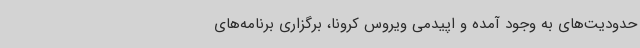
حدودیت‌های به وجود آمده و اپیدمی ویروس کرونا، برگزاری برنامه‌های